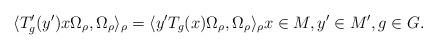
LaTeX: \begin{align*}\langle T_g'(y')x \Omega_\rho, \Omega_\rho \rangle_{\rho} = \langle y' T_{g}(x) \Omega_\rho, \Omega_\rho \rangle_{\rho} x \in M, y' \in M', g \in G .\end{align*}